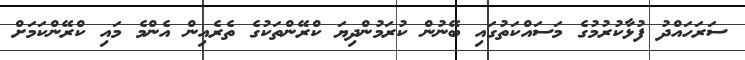
ސަރަހައްދު ފުޅާކުރުމުގެ މަސައްކަތުގައި ބޭނުން ކުރަމުންދިޔަ ކްރޭންތަކުގެ ތެރެއިން އެންމެ މައި ކްރޭންކަމަށް